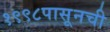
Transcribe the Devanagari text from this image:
१९९८पासूनची